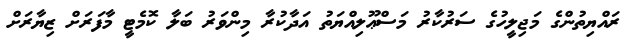
ރައްޔިތުންގެ މަޖިލީހުގެ ސަރުކާރު މަސްޢޫލިއްޔަތު އަދާކުރާ މިންވަރު ބަލާ ކޮމެޓީ މާފަރަށް ޒިޔާރަށް